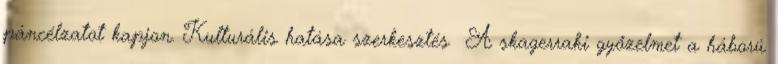
páncélzatot kapjon. Kulturális hatása szerkesztés A skagerraki győzelmet a háború